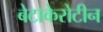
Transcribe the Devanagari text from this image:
बेटाकेरोटीन